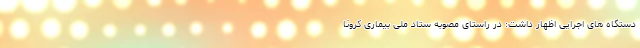
دستگاه های اجرایی اظهار داشت: در راستای مصوبه ستاد ملی بیماری کرونا